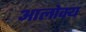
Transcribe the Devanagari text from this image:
आलोक्य